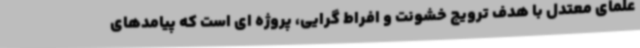
علمای معتدل با هدف ترویج خشونت و افراط گرایی، پروژه ای است که پیامدهای